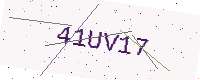
Text: 41UV17